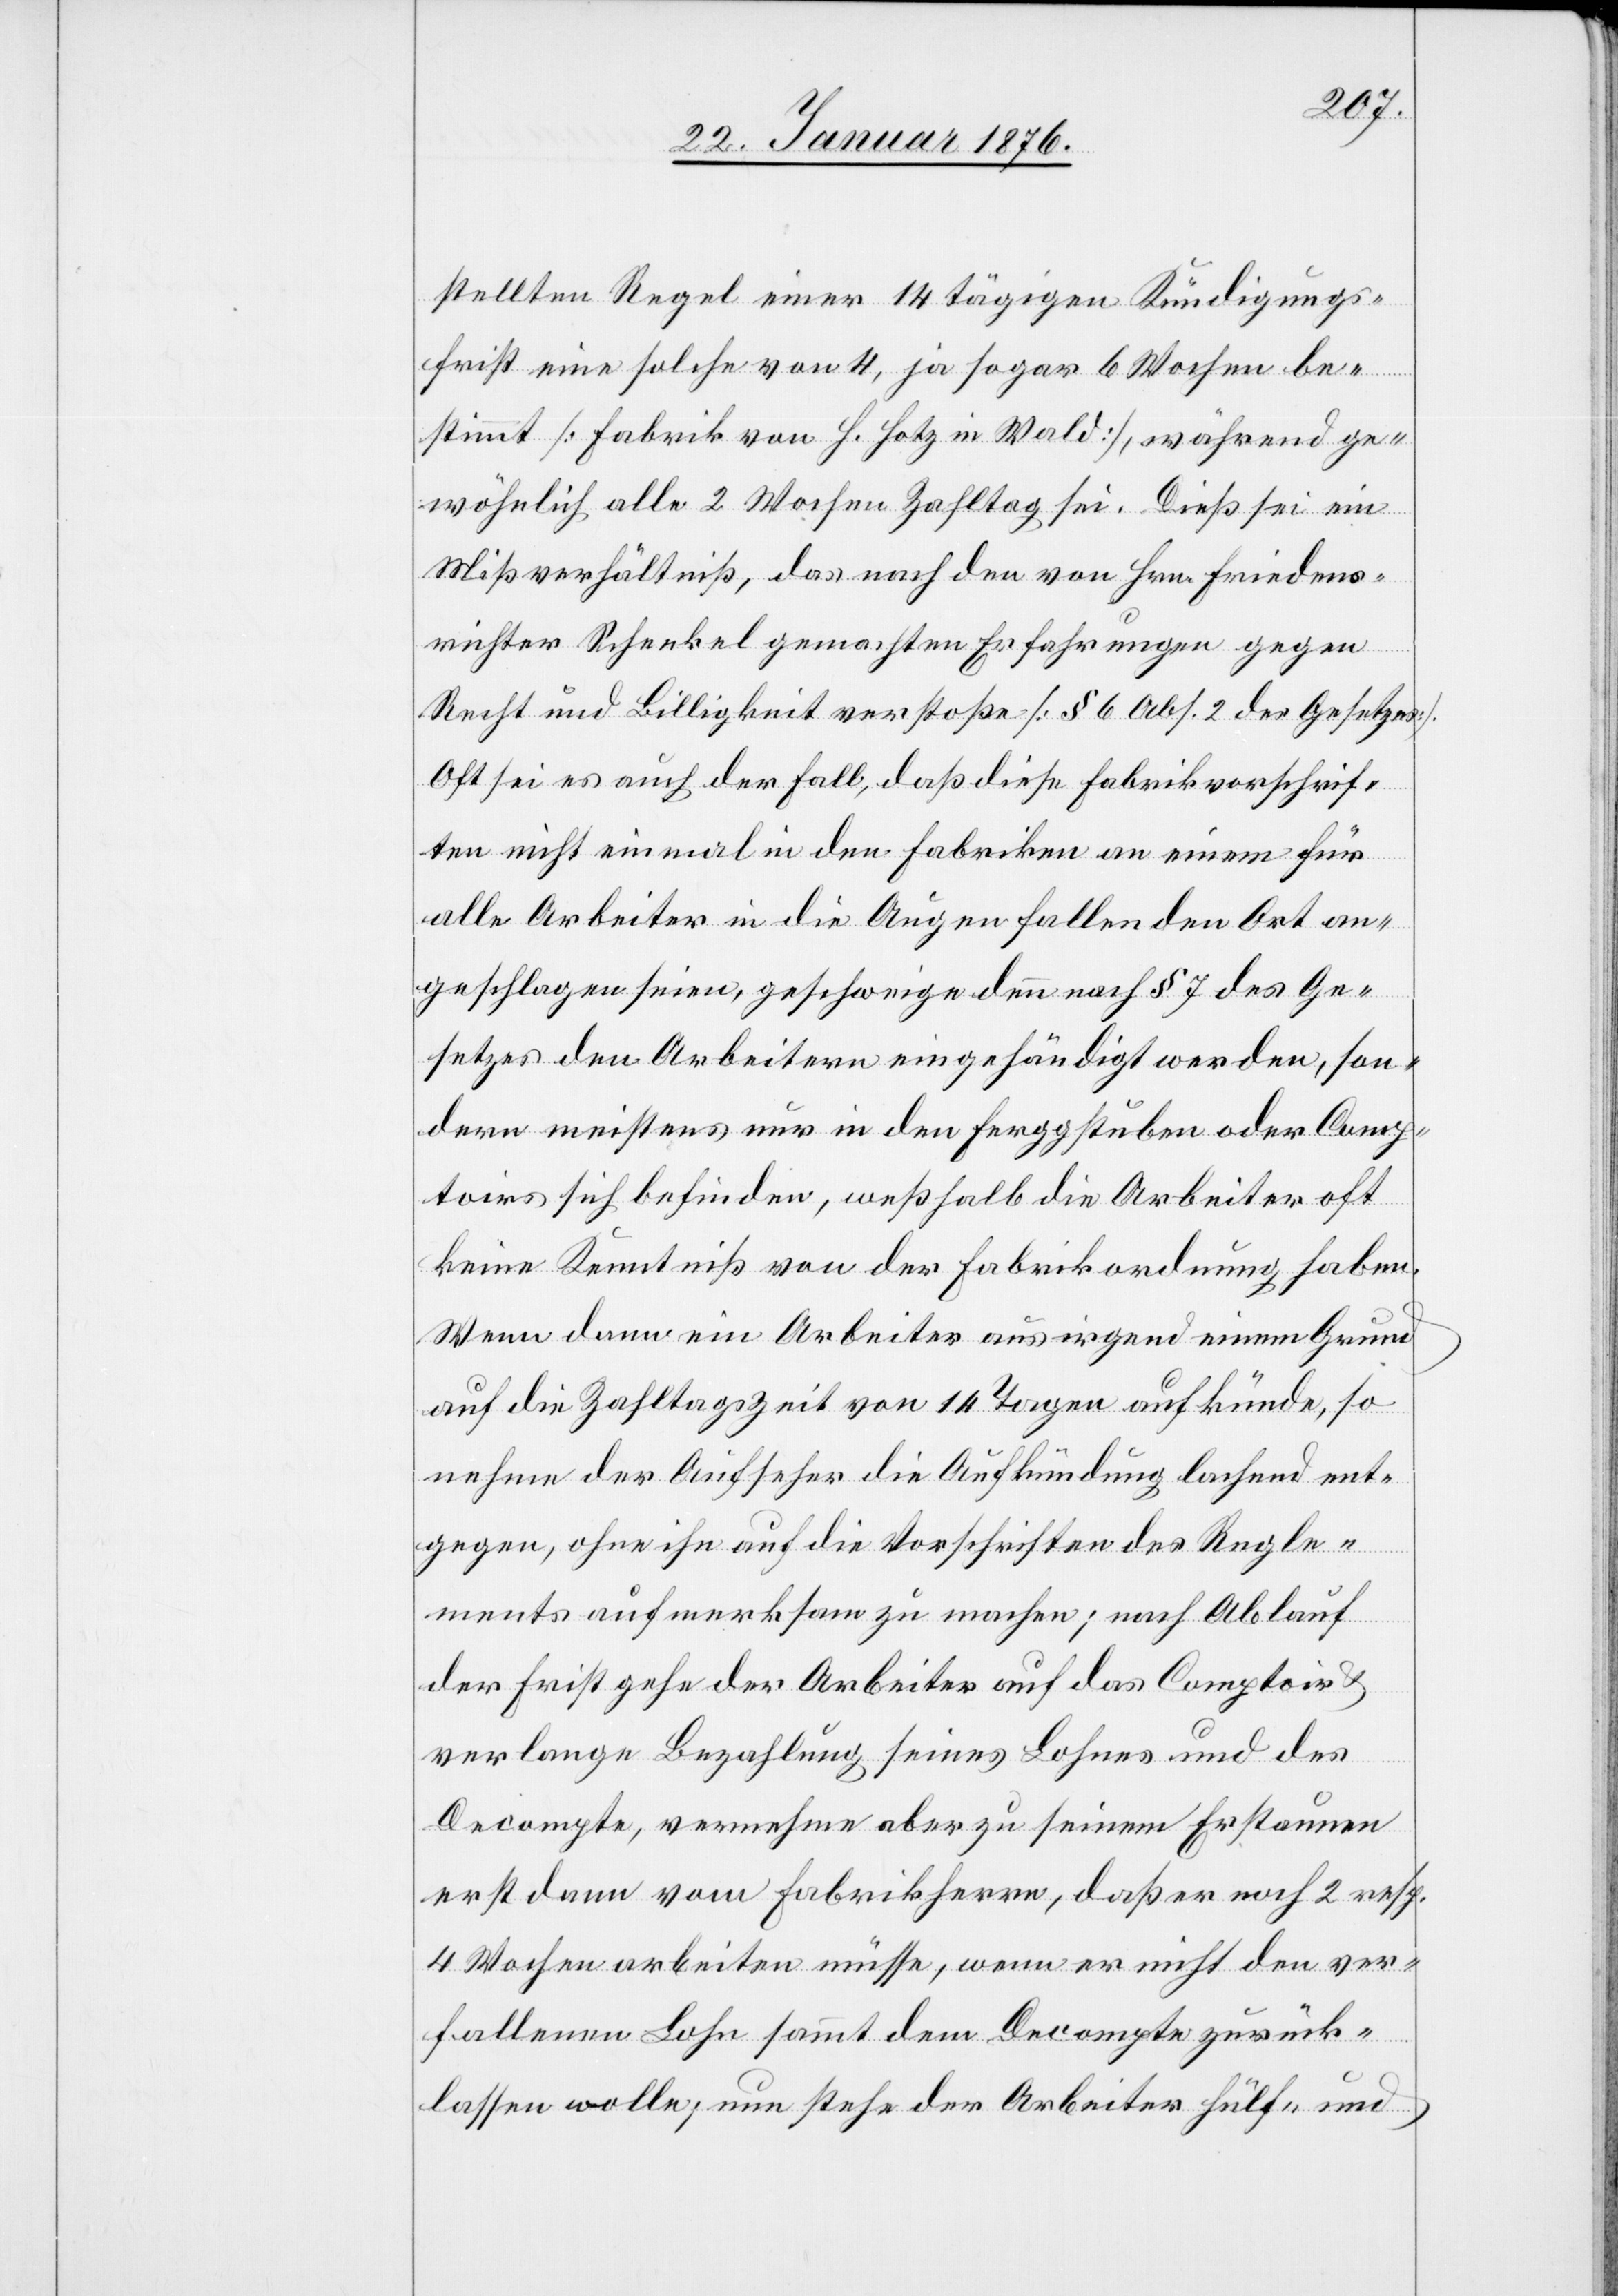
stellten Regel einer 14 tägigen Kündigungs¬
frist eine solche von 4, ja sogar 6 Wochen be¬
stimmt [Fabrik von H. Hotz in Wald], während ge¬
wöhnlich alle 2 Wochen Zahltag sei. Dieß sei ein
Mißverhältniß, das nach den von Hrn. Friedens¬
richter Schenkel gemachten Erfahrungen gegen
Recht und Billigkeit verstoße [§ 6 Abs. 2 des Gesetzes].
Oft sei es auch der Fall, daß diese Fabrikvorschrif¬
ten nicht einmal in den Fabriken an einem für
alle Arbeiter in die Augen fallenden Ort an¬
geschlagen seien, geschweige denn nach § 7 des Ge¬
setzes den Arbeitern eingehändigt werden, son¬
dern meistens nur in den Ferggstuben oder Comp¬
toirs sich befinden, weßhalb die Arbeiter oft
keine Kenntniß von der Fabrikordnung haben.
Wenn dann ein Arbeiter aus irgend einem Grund
auf die Zahltagszeit von 14 Tagen aufkünde, so
nehme der Aufseher die Aufkündung lachend ent¬
gegen, ohne ihn auf die Vorschriften des Regle¬
ments aufmerksam zu machen; nach Ablauf
der Frist gehe der Arbeiter auf das Comptoir u.
verlange Bezahlung seines Lohnes und des
Decompte, vernehme aber zu seinem Erstaunen
erst dann vom Fabrikherrn, daß er noch 2 resp.
4 Wochen arbeiten müsse, wenn er nicht den ver¬
fallenen Lohn sammt dem Decompte zurück¬
lassen wolle, nun stehe der Arbeiter hülf- und